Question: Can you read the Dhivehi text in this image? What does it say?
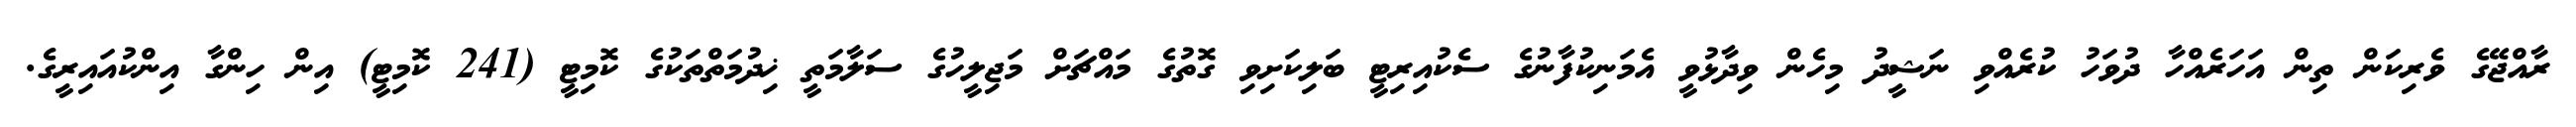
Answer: ރާއްޖޭގެ ވެރިކަން ތިން އަހަރެއްހާ ދުވަހު ކުރެއްވި ނަޝީދު މިހެން ވިދާޅުވީ އެމަނިކުފާނުގެ ސެކުއިރިޓީ ބަލިކަށިވި ގޮތުގެ މައްޗަށް މަޖިލީހުގެ ސަލާމަތީ ޚިދުމަތްތަކުގެ ކޮމިޓީ (241 ކޮމިޓީ) އިން ހިންގާ އިންކުއައިރީގެ.